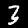
Label: 3